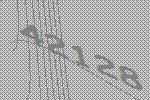
42128